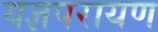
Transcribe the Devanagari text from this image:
यज्ञपरायण